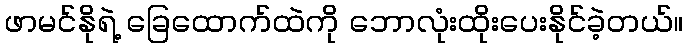
ဖာမင်နိုရဲ့ ခြေထောက်ထဲကို ဘောလုံးထိုးပေးနိုင်ခဲ့တယ်။